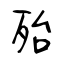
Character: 殆